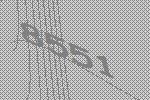
8551